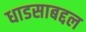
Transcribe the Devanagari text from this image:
धाडसाबद्दल